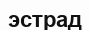
эстрад